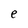
Character: e